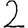
Digit: 2